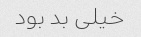
خیلی بد بود